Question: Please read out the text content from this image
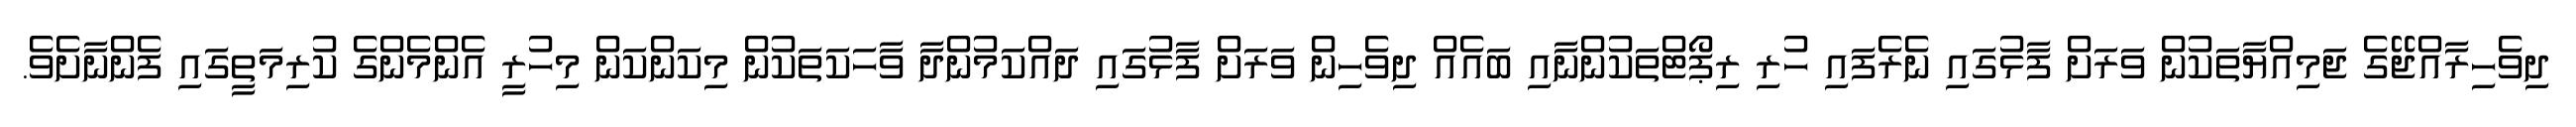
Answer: ދިވެހިރާއްޖޭގެ ޖަމިއްޔާތަކުން ވަރަށް ފާޅުގައި ނެރެފައި ހުރި ރިޕޯޓްތަކުންނާއި ބައެއް ދިވެހިން ވަރަށް ފާޅުގައި ދައްކަމުންދާ ވާހަކަތަކުން މިކަންކަން މިހުރީ އެންމެންގެ ކުރިމަތީގައި ފެންނާށެވެ.